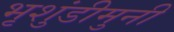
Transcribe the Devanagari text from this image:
भृशुंडीमुनी